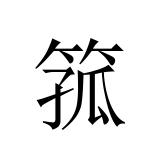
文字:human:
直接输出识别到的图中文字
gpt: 箛